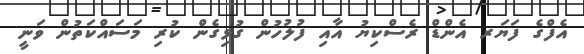
އެފްގެ ފަޔަރ އެންޑް ރެސްކިޔު އާއި ފުލުހުން ގުޅިގެން ކުރި މަސައްކަތުން ވަނީ